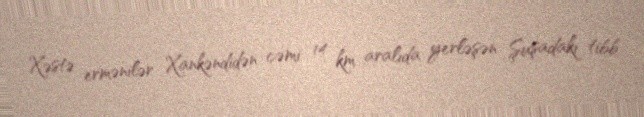
Xəstə ermənilər Xankəndidən cəmi 14 km aralıda yerləşən Şuşadakı tibb